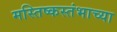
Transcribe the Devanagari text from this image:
मस्तिष्कस्तंभाच्या